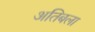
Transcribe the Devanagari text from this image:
अतिबला